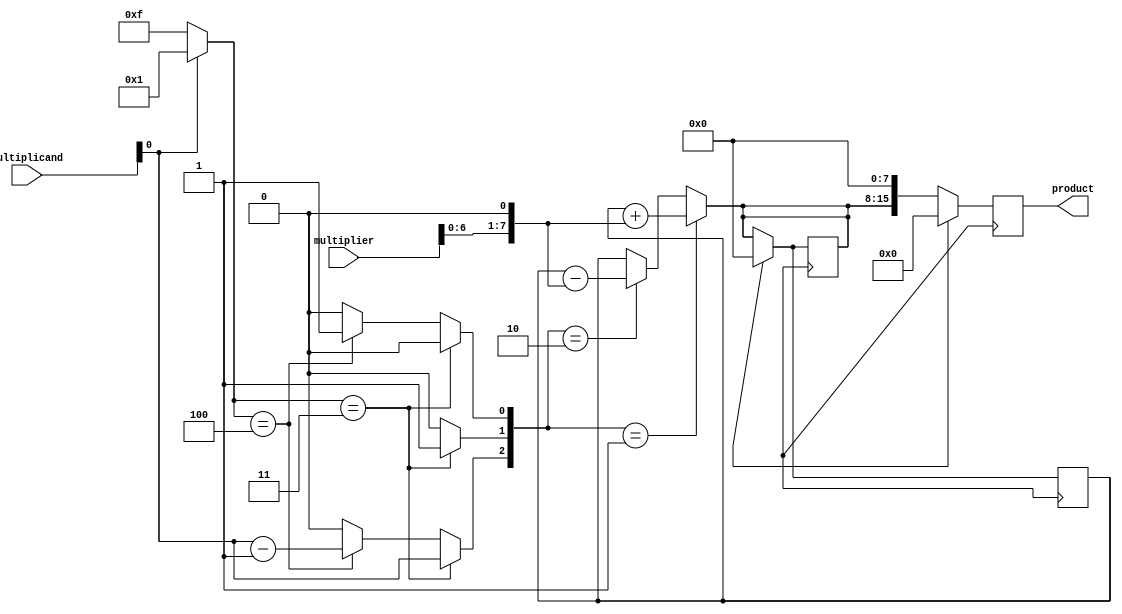
module booth_multiplier (
    input [7:0] multiplicand,
    input [7:0] multiplier,
    output reg [15:0] product
);

reg [7:0] A;
reg [7:0] A_prev;

reg [3:0] count;
reg [2:0] control;

always @(*) begin
    count = 4'b0000;
    control = 3'b000;

    if (multiplicand[0] == 1 && count < 4'd7) begin
        count = count + 1;
    end else if (multiplicand[0] == 0 && count < 4'd7) begin
        count = count - 1;
    end else begin
        count = count;
    end

    if (count == 4'd3) begin
        control[2] = multiplicand[0];
        control[1] = 1;
        control[0] = 0;
    end else if (count == 4'd4) begin
        control[2] = multiplicand[0] - 1;
        control[1] = 0;
        control[0] = 1;
    end else begin
        control = control;
    end

    if (control == 3'b001) begin
        A = A_prev + (multiplier << 1);
    end else if (control == 3'b010) begin
        A = A_prev - (multiplier << 1);
    end else begin
        A = A_prev;
    end
end

always @(posedge clock) begin
    if (reset) begin
        A <= 8'd0;
        A_prev <= 8'd0;
        product <= 16'd0;
    end else begin
        A <= A;
        A_prev <= A;
        product <= {A, 8'd0};
    end
end

endmodule